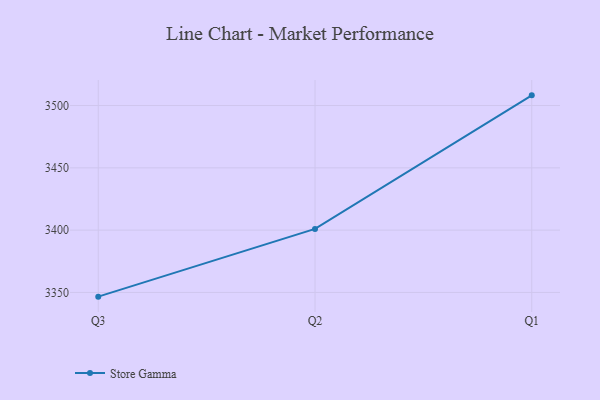
{"axis": {"x": "Quarter", "y": "Tickets Resolved"}, "legend": ["Store Gamma"], "data": [{"x": "Q3", "y": 3346.6, "type": "Store Gamma"}, {"x": "Q2", "y": 3401.0, "type": "Store Gamma"}, {"x": "Q1", "y": 3508.2, "type": "Store Gamma"}]}